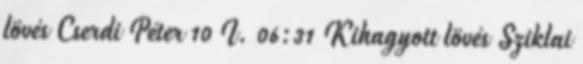
lövés Cserdi Péter 10 I. 06:31 Kihagyott lövés Sziklai